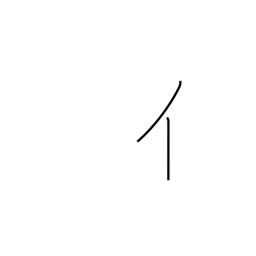
Meaning: radical number 9